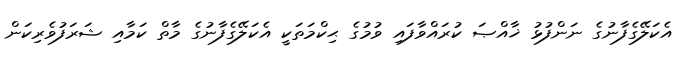
އެކަލޭގެފާނުގެ ނަންފުޅު ޚާއްޞަ ކުރައްވާފައި ވުމުގެ ޙިކްމަތަކީ އެކަލޭގެފާނުގެ މާތް ކަމާއި ޝަރަފުވެރިކަން